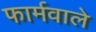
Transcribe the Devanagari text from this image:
फार्मवाले